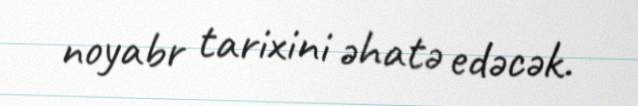
noyabr tarixini əhatə edəcək.